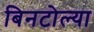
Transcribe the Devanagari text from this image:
बिनटोल्या